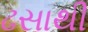
ઢસાથી